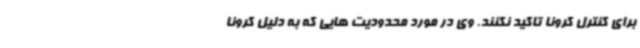
برای کنترل کرونا تاکید نکنند. وی در مورد محدودیت هایی که به دلیل کرونا